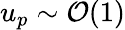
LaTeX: u_{p}\sim\mathcal{O}(1)